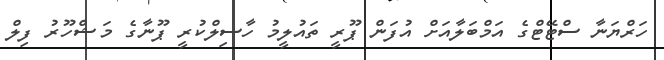
ހަރްޔަނާ ސްޓޭޓްގެ އަމްބަލާއަށް އުފަން ޕޫރީ ތައުލީމު ހާސިލްކުރީ ޕޫނާގެ މަޝްހޫރު ފިލް